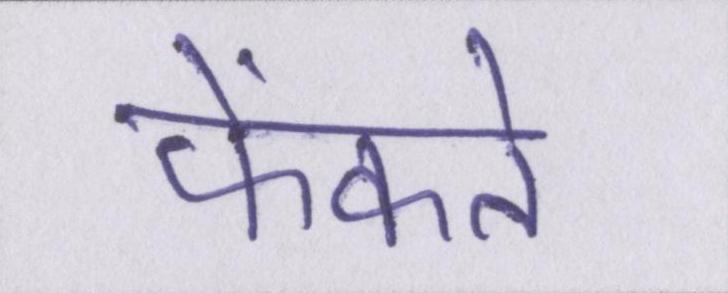
फेंकते